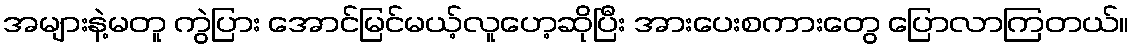
အများနဲ့မတူ ကွဲပြား အောင်မြင်မယ့်လူဟေ့ဆိုပြီး အားပေးစကားတွေ ပြောလာကြတယ်။